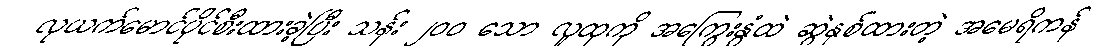
လုယက်မောင်ပိုင်စီးထားခဲ့ပြီး သန်း ၂၀၀ သော လူထုကို အကြွေးနွံထဲ ဆွဲနှစ်ထားတဲ့ အမေရိကန်